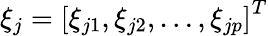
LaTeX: \xi_{j}=\left[\xi_{j1},\xi_{j2},\ldots,\xi_{jp}\right]^{T}